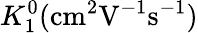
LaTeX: K_{1}^{0}(\mathrm{cm}^{2}\mathrm{V}^{-1}\mathrm{s}^{-1})